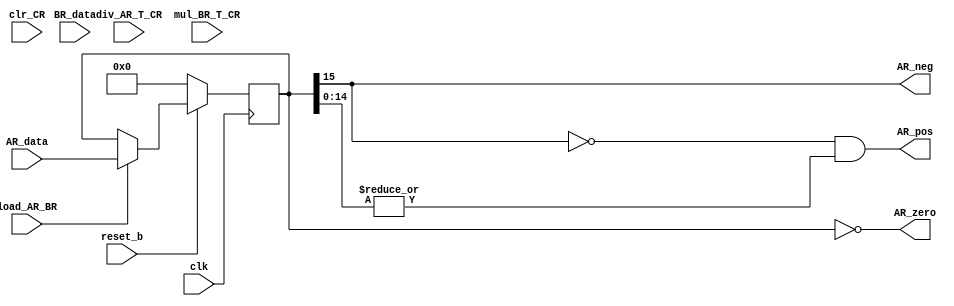
module AR_BR_CR_datapath(AR_neg, AR_pos, AR_zero, AR_data, BR_data, load_AR_BR, div_AR_T_CR, mul_BR_T_CR, clr_CR, clk, reset_b);
  
  input load_AR_BR, div_AR_T_CR, mul_BR_T_CR, clr_CR, clk, reset_b;
  input [15:0] AR_data, BR_data;
  output AR_neg, AR_pos, AR_zero;
  
  reg [15:0] AR_data_out, BR_data_out, CR_data_out;
  
  assign AR_pos = (!AR_data_out[15]) && (|AR_data_out[14:0]);
  assign AR_neg = AR_data_out[15];
  assign AR_zero = (AR_data_out == 16'b0);
  
  always @(posedge clk) begin
    if (reset_b == 0) begin
      AR_data_out = 16'b0;
      BR_data_out = 16'b0;
    end
    else begin
      //PIPO P1(AR_data_out, BR_data_out, AR_data, BR_data, load_AR_BR, clk);
      if(load_AR_BR) begin
        AR_data_out <= AR_data;
        BR_data_out <= BR_data;
      end
      else if (div_AR_T_CR) begin
        CR_data_out <= {AR_data_out[15],AR_data_out[15:1]};
      end
      else if (mul_BR_T_CR) begin
        CR_data_out <= (BR_data_out<<1);
      end
      else if (clr_CR) begin
        CR_data_out <= 16'b0;
      end
    end
  end
endmodule

/*
module PIPO (d_out_A, d_out_B, d_in_A, d_in_B, load, clk);
  
  input [15:0] d_in_A, d_in_B;
  input load, clk;
  output reg [15:0] d_out_A, d_out_B;
  
  always @(posedge clk) begin
    if(load) begin
      d_out_A <= d_in_A;
      d_out_B <= d_in_B;
    end
    else begin
      d_out_A <= 1'bx;
      d_out_B <= 1'bx;
    end
  end
  
endmodule
*/